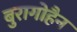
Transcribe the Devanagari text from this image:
बुरागोहैन